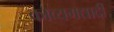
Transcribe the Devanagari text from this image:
काव्यगद्यादी